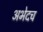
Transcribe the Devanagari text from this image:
अभेदच